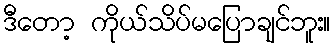
ဒီတော့ ကိုယ်သိပ်မပြောချင်ဘူး။